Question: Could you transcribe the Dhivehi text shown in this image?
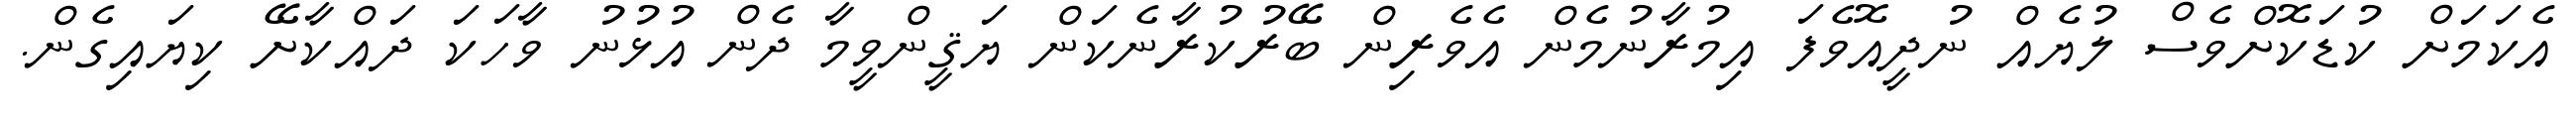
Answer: އެކަމަށް ކުޑަކޮށްވެސް ލުޔެއް ނުދީއޮވެފަ އިމުރާނުމެން އެވެރިން ބޭރުކުރާނެކަން ޔަޤީންވީމާ ދެން އުޅުނު ވާހަކަ ދައްކާށޭ ކިޔައިގެން.